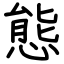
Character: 態